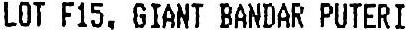
LOT F15, GIANT BANDAR PUTERI